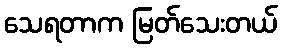
သေရတာက မြတ်သေးတယ်